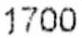
1700